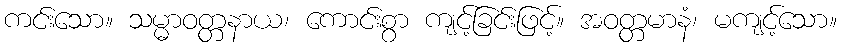
ကင်းသော။ သမ္မာဝတ္တနာယ၊ ကောင်းစွာ ကျင့်ခြင်းဖြင့်။ အဝတ္တမာနံ၊ မကျင့်သော။